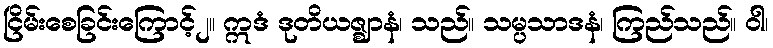
ငြိမ်းစေခြင်းကြောင့်၂။ ဣဒံ ဒုတိယဇ္ဈာနံ၊ သည်။ သမ္ပသာဒနံ၊ ကြည်သည်။ ဝါ၊